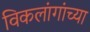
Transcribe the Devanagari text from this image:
विकलांगांच्या